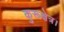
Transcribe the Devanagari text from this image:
कुरूक्षेत्र।